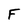
Character: F